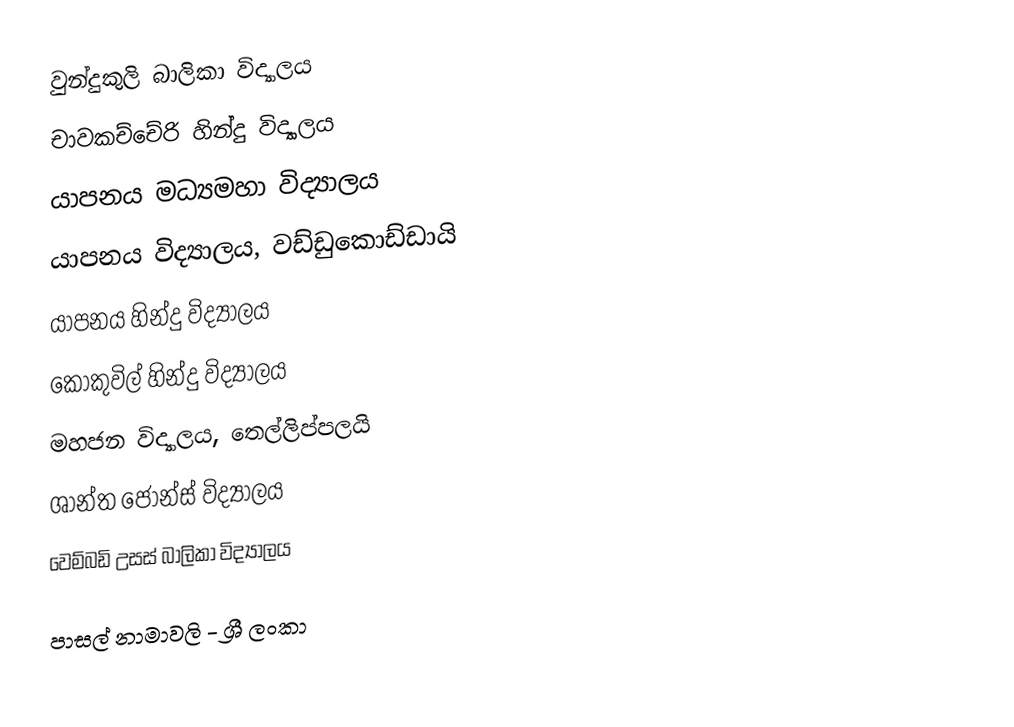
වුන්දුකුලි බාලිකා විද්‍යාලය
 චාවකච්චේරි  හින්දු විද්‍යාලය
 යාපනය මධ්‍යමහා විද්‍යාලය
 යාපනය විද්‍යාලය, වඩ්ඩුකොඩ්ඩායි
 යාපනය හින්දු විද්‍යාලය
 කොකුවිල් හින්දු විද්‍යාලය
 මහජන විද්‍යාලය, තෙල්ලිප්පලයි
 ශාන්ත ජෝන්ස් විද්‍යාලය
 වෙම්බඩි උසස් බාලිකා විද්‍යාලය

පාසල් නාමාවලි - ශ්‍රී ලංකා